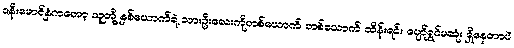
ဇနီးမောင်နှံကတော့ သူတို့ နှစ်ယောက်ရဲ့ သားဦးလေးကိုတစ်ယောက် တစ်ယောက် ထိန်းရင်း ပျော်ရွှင်မဆုံး ရှိနေတာပဲ